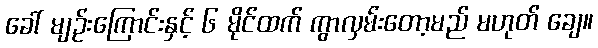
ခေါ် မျဉ်းကြောင်းနှင့် ၆ မိုင်ထက် ကွာလှမ်းတော့မည် မဟုတ် ချေ။